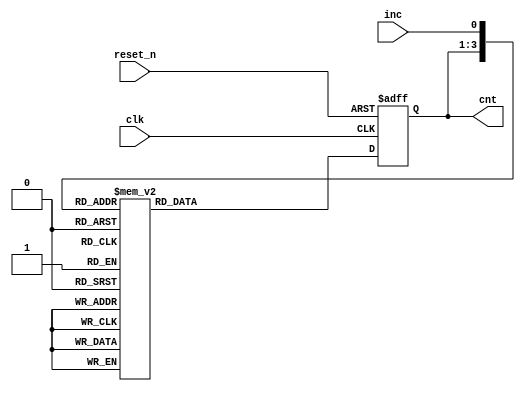
module cnt5(cnt, clk, reset_n, inc); // 5-way counter
    input clk, reset_n, inc; // input clock, reset, increase/decrease signal
    output [2:0] cnt; // current state

    // Encoded state
    parameter zero = 3'b000;
    parameter one = 3'b001;
    parameter two = 3'b010;
    parameter three = 3'b011;
    parameter four = 3'b100;

    // Sequential circuit part
    reg [2:0] cnt; // current state
    reg [2:0] next_cnt; // next state

    always @(posedge clk or negedge reset_n) begin // clock rising edge or reset falling edge 
        if (reset_n == 1'b0)
            cnt <= zero;
        else
            cnt <= next_cnt;
    end

    always @(inc or cnt) begin // if inc or cnt change
        case ({cnt, inc})
            {zero, 1'b0} : next_cnt <= four;
            {zero, 1'b1} : next_cnt <= one;
            {one, 1'b0} : next_cnt <= zero;
            {one, 1'b1} : next_cnt <= two;
            {two, 1'b0} : next_cnt <= one;
            {two, 1'b1} : next_cnt <= three;
            {three, 1'b0} : next_cnt <= two;
            {three, 1'b1} : next_cnt <= four;
            {four, 1'b0} : next_cnt <= three;
            {four, 1'b1} : next_cnt <= zero;
            default : next_cnt <= 3'bx; // if cnt == 3'b101 / cnt == 3'b110 / cnt == 3'b111 -> next_cnt == 3'bx
        endcase
    end
endmodule